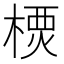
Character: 樮